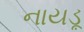
નાયડૂ